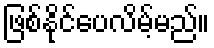
ဖြစ်နိုင်ပေလိမ့်မည်။